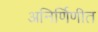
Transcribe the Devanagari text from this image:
अनिर्णिणीत